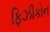
ફિઝીકોન